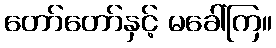
တော်တော်နှင့် မခေါ်ကြ။